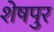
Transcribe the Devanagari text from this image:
शेषपुर